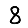
Digit: 8